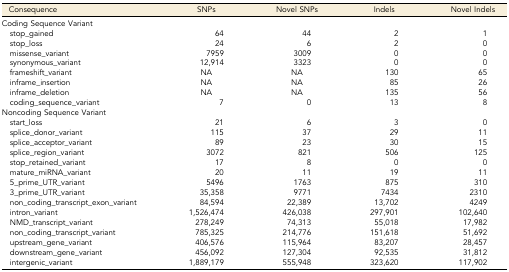
<table><thead><tr><td><b>Consequence</b></td><td><b>SNPs</b></td><td><b>Novel SNPs</b></td><td><b>Indels</b></td><td><b>Novel Indels</b></td></tr></thead><tbody><tr><td colspan="5">Coding Sequence Variant</td></tr><tr><td> stop_gained</td><td>64</td><td>44</td><td>2</td><td>1</td></tr><tr><td> stop_loss</td><td>24</td><td>6</td><td>2</td><td>0</td></tr><tr><td> missense_variant</td><td>7959</td><td>3009</td><td>0</td><td>0</td></tr><tr><td> synonymous_variant</td><td>12,914</td><td>3323</td><td>0</td><td>0</td></tr><tr><td> frameshift_variant</td><td>NA</td><td>NA</td><td>130</td><td>65</td></tr><tr><td> inframe_insertion</td><td>NA</td><td>NA</td><td>85</td><td>26</td></tr><tr><td> inframe_deletion</td><td>NA</td><td>NA</td><td>135</td><td>56</td></tr><tr><td> coding_sequence_variant</td><td>7</td><td>0</td><td>13</td><td>8</td></tr><tr><td colspan="5">Noncoding Sequence Variant</td></tr><tr><td> start_loss</td><td>21</td><td>6</td><td>3</td><td>0</td></tr><tr><td> splice_donor_variant</td><td>115</td><td>37</td><td>29</td><td>11</td></tr><tr><td> splice_acceptor_variant</td><td>89</td><td>23</td><td>30</td><td>15</td></tr><tr><td> splice_region_variant</td><td>3072</td><td>821</td><td>506</td><td>125</td></tr><tr><td> stop_retained_variant</td><td>17</td><td>8</td><td>0</td><td>0</td></tr><tr><td> mature_miRNA_variant</td><td>20</td><td>11</td><td>19</td><td>11</td></tr><tr><td> 5_prime_UTR_variant</td><td>5496</td><td>1763</td><td>875</td><td>310</td></tr><tr><td> 3_prime_UTR_variant</td><td>35,358</td><td>9771</td><td>7434</td><td>2310</td></tr><tr><td> non_coding_transcript_exon_variant</td><td>84,594</td><td>22,389</td><td>13,702</td><td>4249</td></tr><tr><td> intron_variant</td><td>1,526,474</td><td>426,038</td><td>297,901</td><td>102,640</td></tr><tr><td> NMD_transcript_variant</td><td>278,249</td><td>74,313</td><td>55,018</td><td>17,982</td></tr><tr><td> non_coding_transcript_variant</td><td>785,325</td><td>214,776</td><td>151,618</td><td>51,692</td></tr><tr><td> upstream_gene_variant</td><td>406,576</td><td>115,964</td><td>83,207</td><td>28,457</td></tr><tr><td> downstream_gene_variant</td><td>456,092</td><td>127,304</td><td>92,535</td><td>31,812</td></tr><tr><td> intergenic_variant</td><td>1,889,179</td><td>555,948</td><td>323,620</td><td>117,902</td></tr></tbody></table>